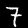
Label: 7